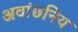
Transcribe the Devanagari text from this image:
अवांछनिय